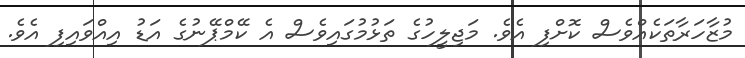
މުޒާހަރާތަކެއްވެސް ކޮށްފި އެވެ. މަޖިލީހުގެ ތަޅުމުގައިވެސް އެ ކޭމްޕޭނުގެ އަޑު އިއްވައިފި އެވެ.